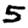
Digit: 5